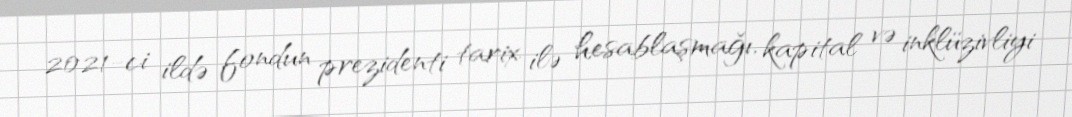
2021-ci ildə fondun prezidenti tarix ilə hesablaşmağı, kapital və inklüzivliyi